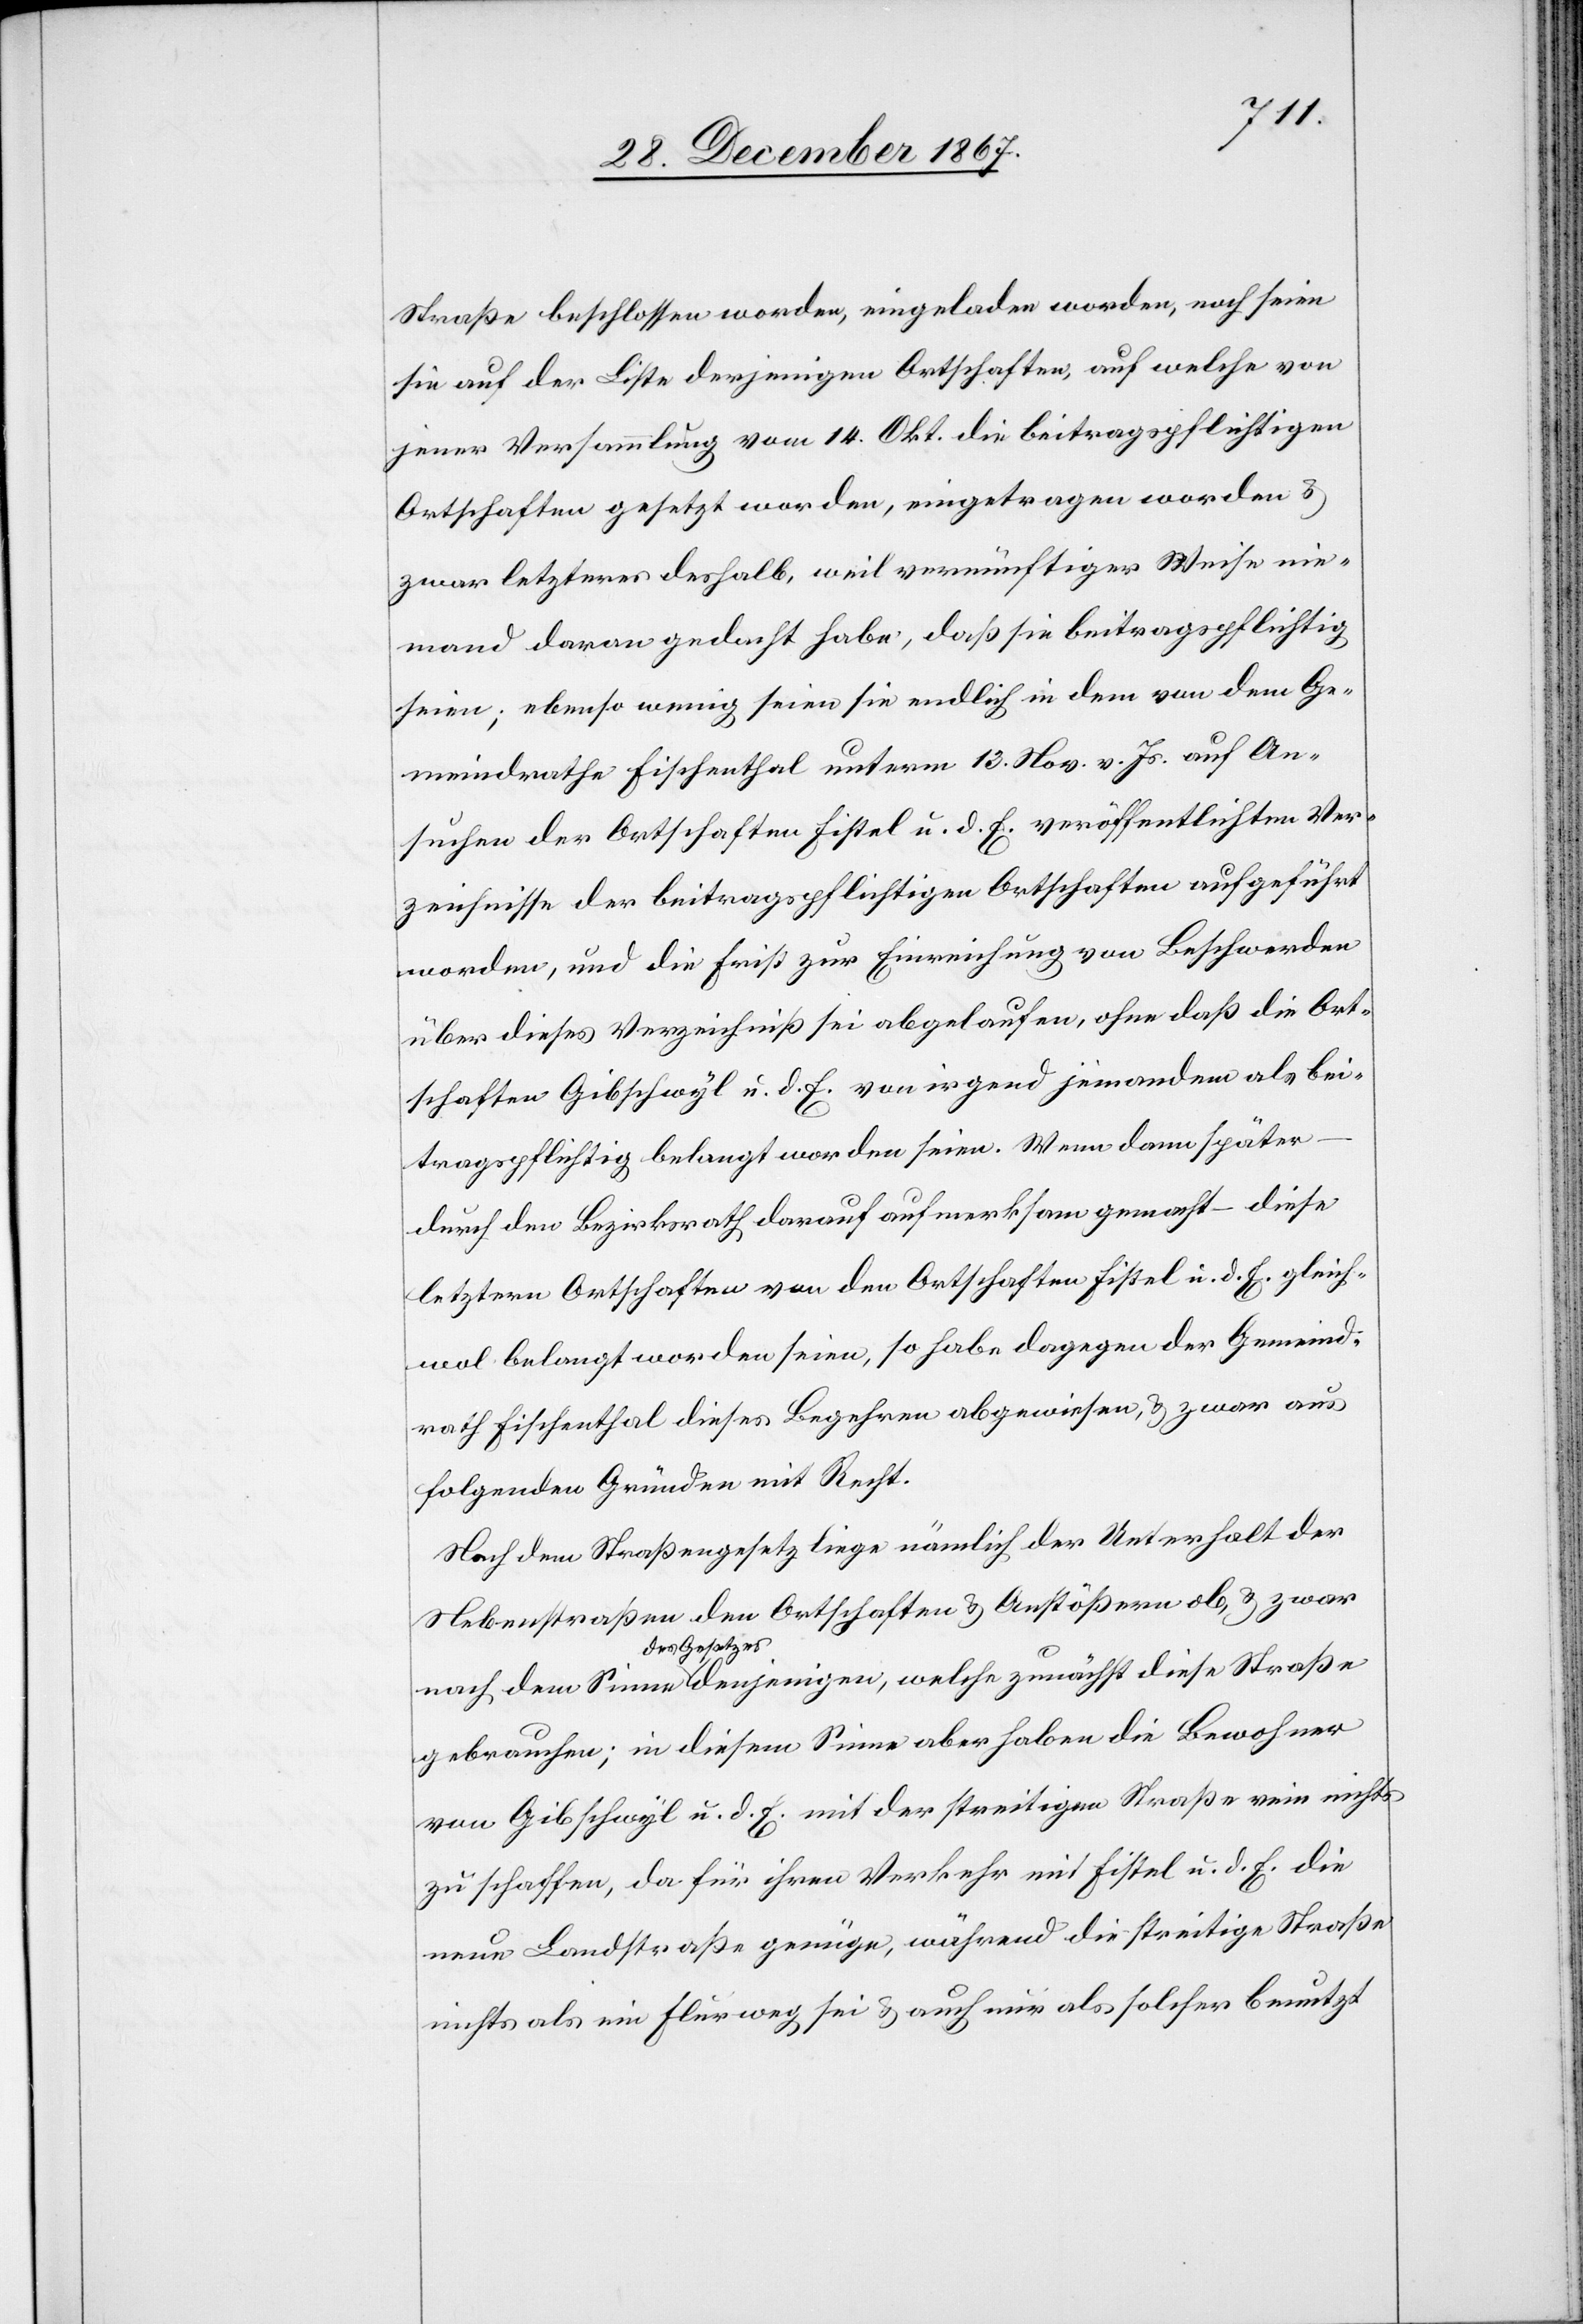
Straße beschlossen worden, eingeladen worden, noch seien
sie auf der Liste derjenigen Ortschaften, auf welche von
jener Versammlung vom 14. Okt. die beitragspflichtigen
Ortschaften gesetzt worden, eingetragen worden u.
zwar letzteres deshalb, weil vernünftiger Weise nie¬
mand daran gedacht habe, daß sie beitragspflichtig
seien; ebenso wenig seien sie endlich indem von dem Ge¬
meindrathe Fischenthal unterm 13. Nov. v. Js. auf An¬
suchen der Ortschaften Fistel u. d. E. veröffentlichten Ver¬
zeichnisse der beitragspflichtigen Ortschaften aufgeführt
worden, und die Frist zur Einreichung von Beschwerden
über dieses Verzeichniß sei abgelaufen, ohne daß die Ort¬
schaften Gibschwyl u. d. E. von irgend jemandem als bei¬
Sinne
tragspflichtig belangt worden seien. Wenn dann später
durch den Bezirksrath darauf aufmerksam gemacht – diese
letztern Ortschaften von Ortschaften Fistel u. d. E. gleich¬
wol belangt worden seien, so habe dagegen der Gemeind¬
rath Fischenthal dieses Begehren abgewiesen u. zwar aus
folgenden Gründen mit Recht.
Nach dem Straßengesetz liege nämlich der Unterhalt der
Nebenstraßen den Ortschaften u. Anstößern ob, u. zwar
tzes
diese
gebrauchen; in diesem Sinne aber haben die Bewohner
von Gibschwyl u. d. E. mit der streitigen Straße rein nicht
zu schaffe, da für ihren Verkehr mit Fistel u. d. E. die
neue Landstraße genüge, während die streitige Straße
nichts als ein Flurweg sei u. auch nur als solcher benutzt